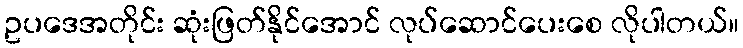
ဥပဒေအတိုင်း ဆုံးဖြတ်နိုင်အောင် လုပ်ဆောင်ပေးစေ လိုပါတယ်။